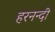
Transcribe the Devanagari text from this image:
हरनन्दी